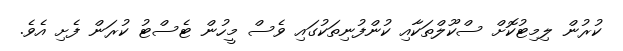
ކުރުން ލިމިޓުކޮށް ސްކޫލްތަކާއި ކުންފުނިތަކުގައި ވެސް މީހުން ޓެސްޓު ކުރަން ފެށި އެވެ.